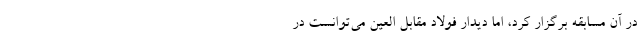
در آن مسابقه برگزار کرد، ‌اما دیدار فولاد مقابل العین می‌توانست در